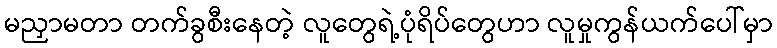
မညှာမတာ တက်ခွစီးနေတဲ့ လူတွေရဲ့ပုံရိပ်တွေဟာ လူမှုကွန်ယက်ပေါ်မှာ